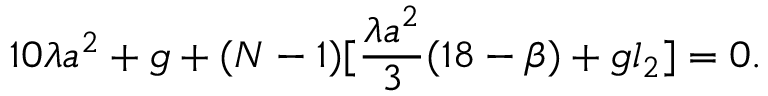
1 0 \lambda a ^ { 2 } + g + ( N - 1 ) [ \frac { \lambda a ^ { 2 } } 3 ( 1 8 - \beta ) + g l _ { 2 } ] = 0 .